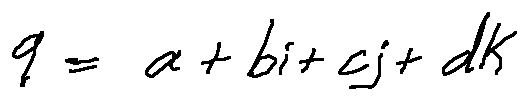
q = a + b i + c j + d k